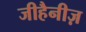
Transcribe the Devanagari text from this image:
जीहैनीज़